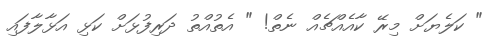
" ކަލެޔަށް މިރޭ ކާއެއްޗެއް ނެތް! " އެތުއްތު ދަރިފުޅަށް ކަޅި އަޅާލާފައި